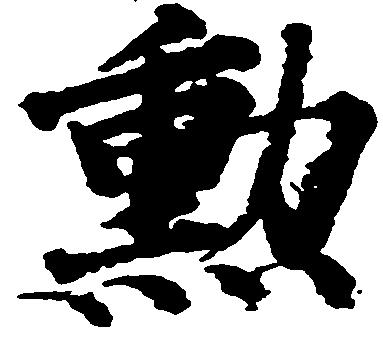
勲